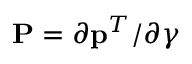
{ \bf P } = \partial { \bf p } ^ { T } / \partial \boldsymbol { \gamma }